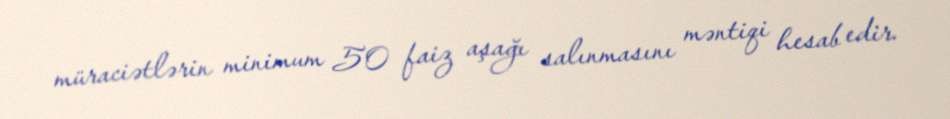
müraciətlərin minimum 50 faiz aşağı salınmasını məntiqi hesab edir.